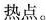
热点。